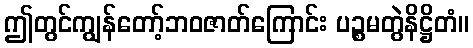
ဤတွင်ကျွန်တော့်ဘဝဇာတ်ကြောင်း ပဉ္စမတွဲနိဋ္ဌိတံ။